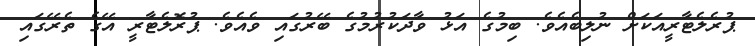
ޕުރެލެޓާރީއަކަށް ނުލިބެއެވެ. ބިމުގެ އަޅު ވާދަކުރުމުގެ ބޭރުގައި ވެއެވެ. ޕުރޮލެޓާރީ އޭގެ ތެރޭގައި